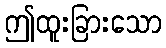
ဤထူးခြားသော